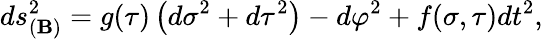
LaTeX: ds_{(\mathbf{B})}^{2}=g(\tau)\left(d\sigma^{2}+d\tau^{2}\right)-d\varphi^{2}+f(\sigma,\tau)dt^{2},